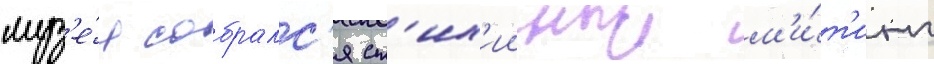
муз'е́я собралс'я ст'их'ииныи м'и́т'инг